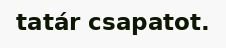
tatár csapatot.